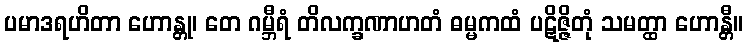
ပမာဒရဟိတာ ဟောန္တု၊ တေ ဂမ္ဘီရံ တိလက္ခဏာဟတံ ဓမ္မကထံ ပဋိဇ္ဇိတုံ သမတ္ထာ ဟောန္တီ။